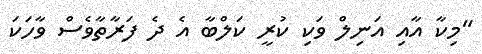
"މިކާ އާއި އަނިލް ވަކި ކުރީ ކަލްބާ އެ ދެ ފަރާތާވެސް ވާހަކަ